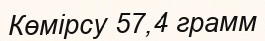
Көмірсу 57,4 грамм